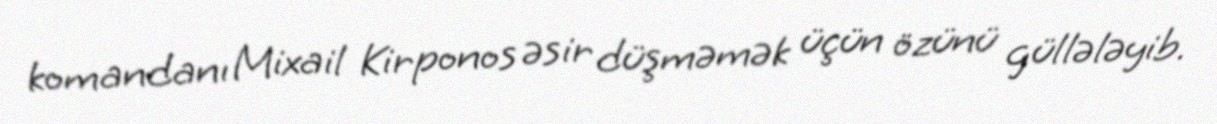
komandanı Mixail Kirponos əsir düşməmək üçün özünü güllələyib.